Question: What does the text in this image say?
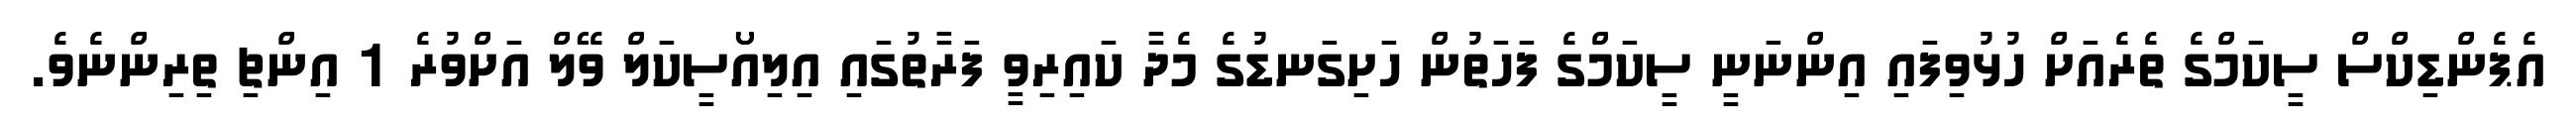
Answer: އެޕެންޑިކްސް ސީކަމްގެ ތެރެއަށް ހުޅުވިފައި އިންނަނީ ސީކަމްގެ ފަހަތުން ހަށިގަނޑުގެ މެދާ ކައިރިވީ ފަރާތުގައި އިލިއޯސީކަލް ވޭލް އަށްވުރެ 1 އިންޗި ތިރިންނެވެ.